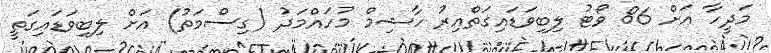
މަދީހާ އަށް 86 ވޯޓު ލިބިވަޑައިގަތްއިރު ހާޝިމް މުހައްމަދު (ގިސްމަތު) އަށް ލިބިވަޑައިގަތީ